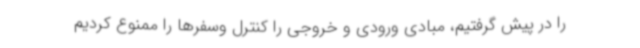
را در پیش گرفتیم، مبادی ورودی و خروجی را کنترل وسفرها را ممنوع کردیم